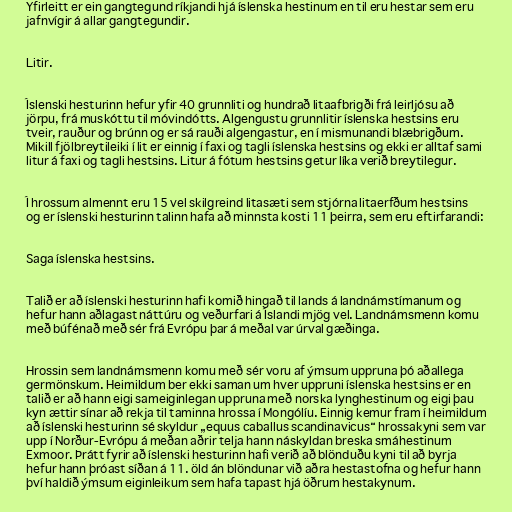
Yfirleitt er ein gangtegund ríkjandi hjá íslenska hestinum en til eru hestar sem eru
jafnvígir á allar gangtegundir.

Litir.

Íslenski hesturinn hefur yfir 40 grunnliti og hundrað litaafbrigði frá leirljósu að
jörpu, frá muskóttu til móvindótts. Algengustu grunnlitir íslenska hestsins eru
tveir, rauður og brúnn og er sá rauði algengastur, en í mismunandi blæbrigðum.
Mikill fjölbreytileiki í lit er einnig í faxi og tagli íslenska hestsins og ekki er alltaf sami
litur á faxi og tagli hestsins. Litur á fótum hestsins getur líka verið breytilegur.

Í hrossum almennt eru 15 vel skilgreind litasæti sem stjórna litaerfðum hestsins
og er íslenski hesturinn talinn hafa að minnsta kosti 11 þeirra, sem eru eftirfarandi:

Saga íslenska hestsins.

Talið er að íslenski hesturinn hafi komið hingað til lands á landnámstímanum og
hefur hann aðlagast náttúru og veðurfari á Íslandi mjög vel. Landnámsmenn komu
með búfénað með sér frá Evrópu þar á meðal var úrval gæðinga.

Hrossin sem landnámsmenn komu með sér voru af ýmsum uppruna þó aðallega
germönskum. Heimildum ber ekki saman um hver uppruni íslenska hestsins er en
talið er að hann eigi sameiginlegan uppruna með norska lynghestinum og eigi þau
kyn ættir sínar að rekja til taminna hrossa í Mongólíu. Einnig kemur fram í heimildum
að íslenski hesturinn sé skyldur „equus caballus scandinavicus“ hrossakyni sem var
upp í Norður-Evrópu á meðan aðrir telja hann náskyldan breska smáhestinum
Exmoor. Þrátt fyrir að íslenski hesturinn hafi verið að blönduðu kyni til að byrja
hefur hann þróast síðan á 11. öld án blöndunar við aðra hestastofna og hefur hann
því haldið ýmsum eiginleikum sem hafa tapast hjá öðrum hestakynum.